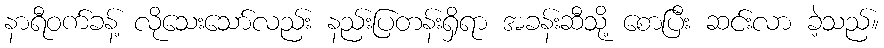
နာရီဝက်ခန့် လိုသေးသော်လည်း နည်းပြတန်းရှိရာ အခန်းဆီသို့ စောပြီး ဆင်းလာ ခဲ့သည်။